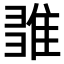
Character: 𨿉